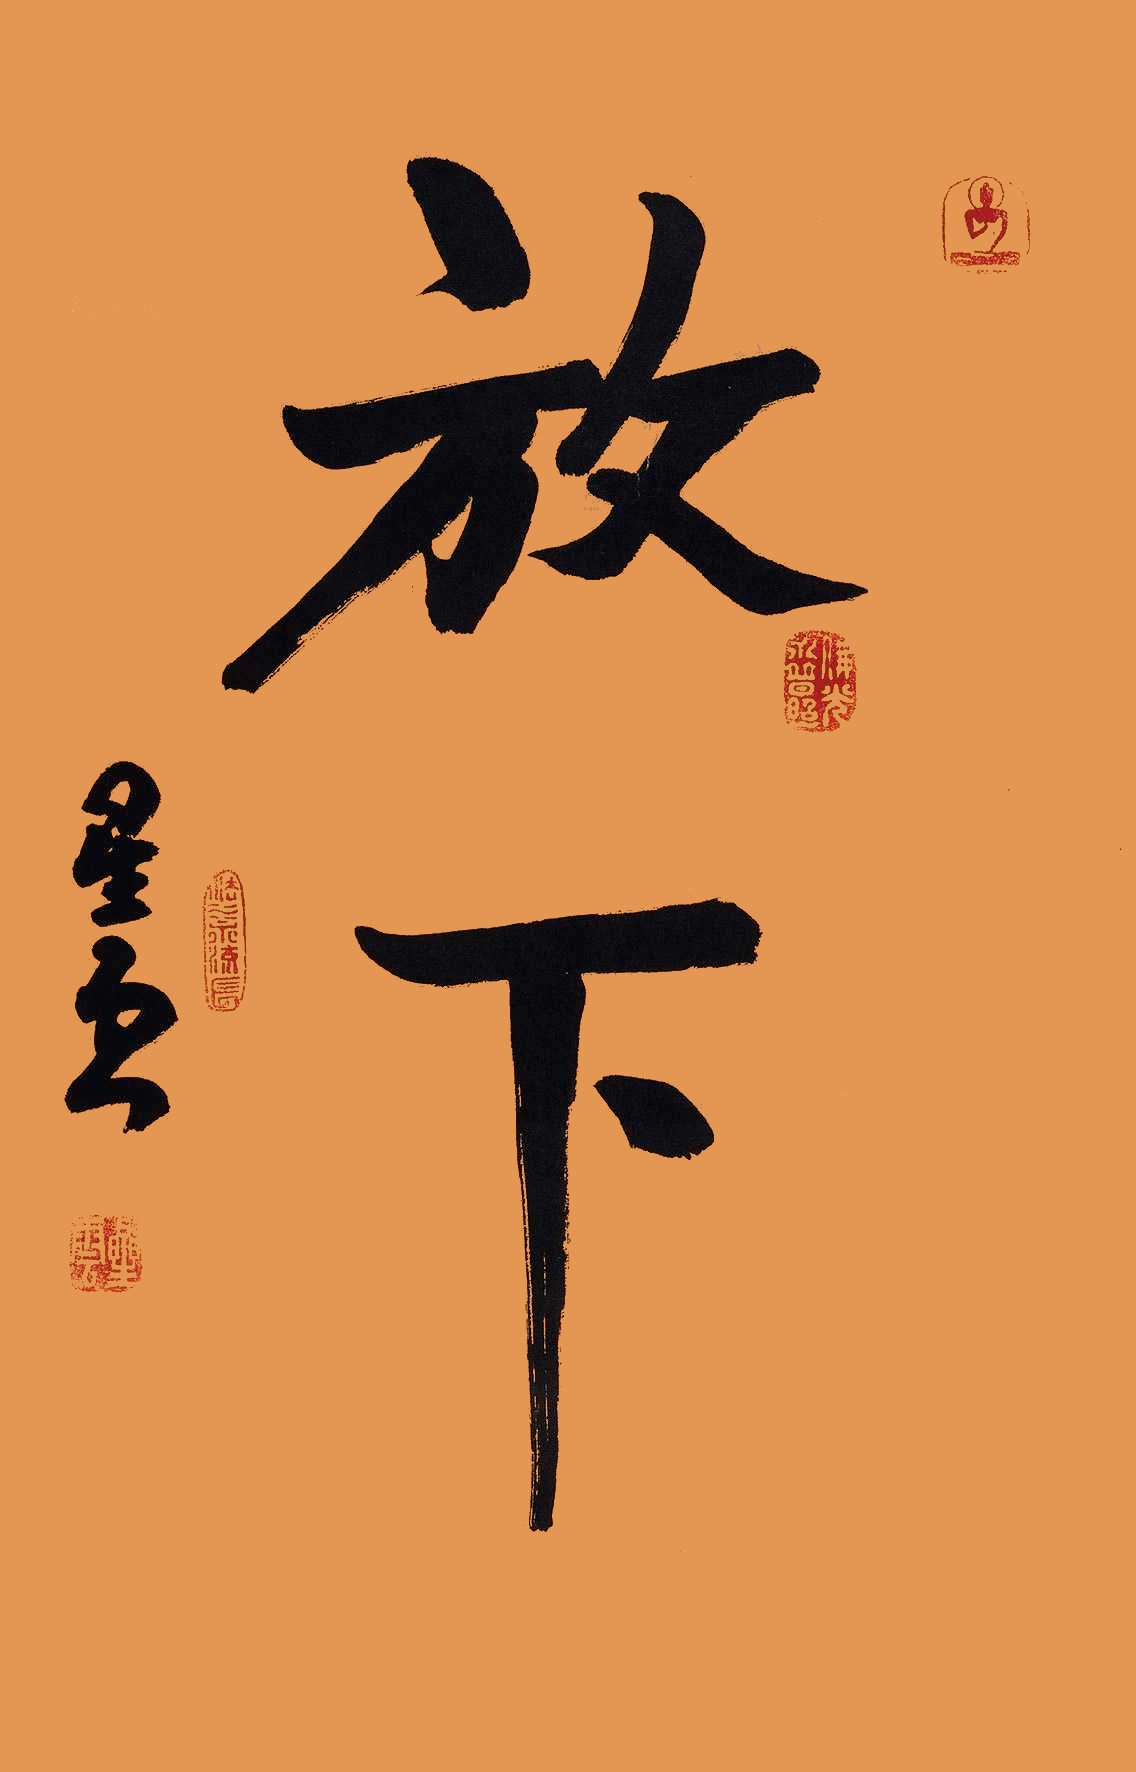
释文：放下星云。